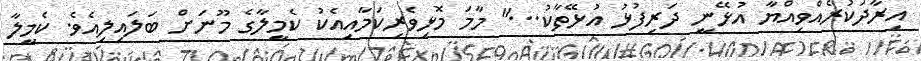
އިރާދަކުރެއްވިއްޔާ އުޅޭނީ ދަރިފުޅު އުޅޭތާކު..." މާމަ މޮޅިވެރިކަމާއިއެކު ކެމީލާގެ މޫނަށް ބަލައިލިއެވެ. ކެމީލާ